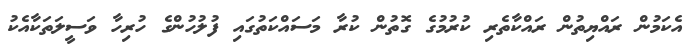
އެކަމުން ރައްޔިތުން ރައްކާތެރި ކުރުމުގެ ގޮތުން ކުރާ މަސައްކަތުގައި ފުލުހުންގެ ހުރިހާ ވަސީލަތަކާއެކު